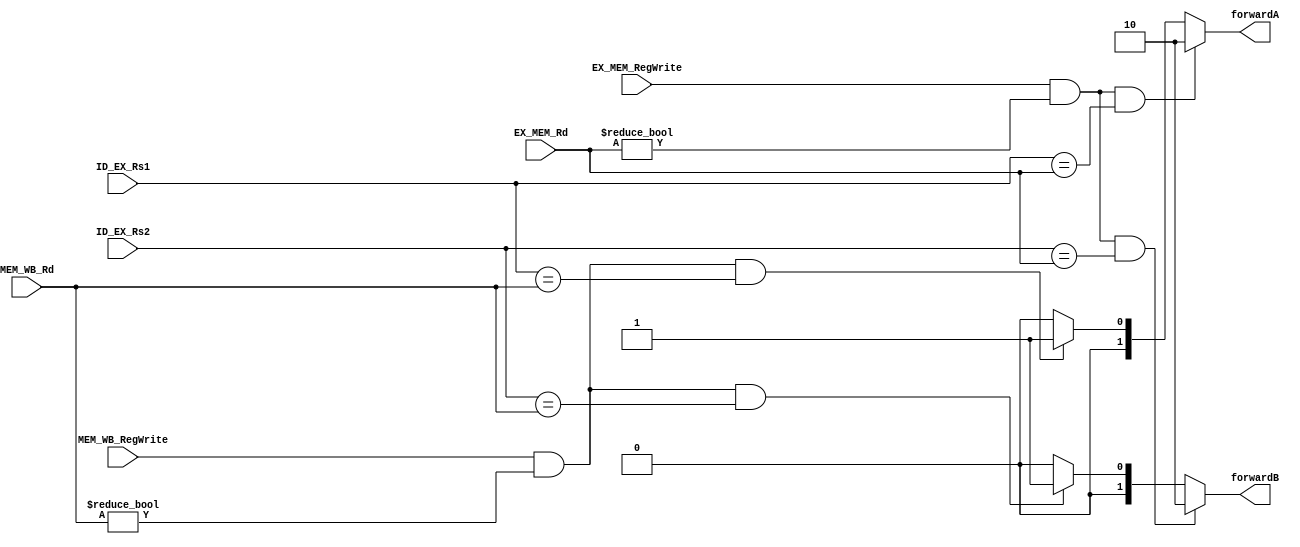
`timescale 1ns / 1ps
//////////////////////////////////////////////////////////////////////////////////
// Company: 
// Engineer: 
// 
// Design Name: 
// Module Name: ForwardingUnit
// Project Name: 
// Target Devices: 
// Tool Versions: 
// Description: 
// 
// Dependencies: 
// 
// Revision:
// Revision 0.01 - File Created
// Additional Comments:
// 
//////////////////////////////////////////////////////////////////////////////////


module ForwardingUnit(
        input [4:0] ID_EX_Rs1,
        input [4:0] ID_EX_Rs2,
        input [4:0] EX_MEM_Rd,
        input [4:0] MEM_WB_Rd,
        input EX_MEM_RegWrite,
        input MEM_WB_RegWrite,
        output reg [1:0] forwardA,
        output reg [1:0] forwardB
    );
    
    always @(*) begin
        if((EX_MEM_RegWrite == 1'b1) && ( EX_MEM_Rd != 0) && (ID_EX_Rs1 == EX_MEM_Rd))
            forwardA = 2'b10;
        else if ((MEM_WB_RegWrite == 1'b1) && ( MEM_WB_Rd != 0) && (ID_EX_Rs1 == MEM_WB_Rd))
            forwardA = 2'b01;
        else forwardA = 2'b00;
        
        if((EX_MEM_RegWrite == 1'b1) && ( EX_MEM_Rd != 0) && (ID_EX_Rs2 == EX_MEM_Rd))
            forwardB = 2'b10;
        else if ((MEM_WB_RegWrite == 1'b1) && ( MEM_WB_Rd != 0) && (ID_EX_Rs2 == MEM_WB_Rd))
            forwardB = 2'b01;
        else forwardB = 2'b00;
    
    end
  
endmodule